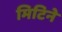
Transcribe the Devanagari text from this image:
मिटिने